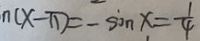
n ( x - \pi ) = - \sin x = \frac { 1 } { 4 }